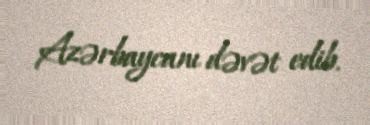
Azərbaycanı dəvət edib.